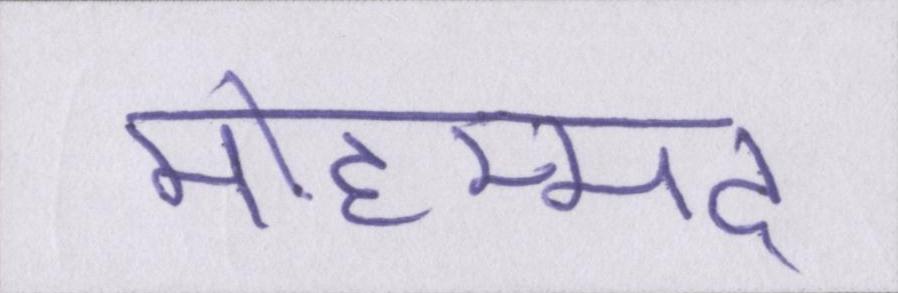
मोहम्मद